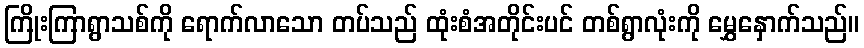
ကြိုးကြာရွာသစ်ကို ရောက်လာသော တပ်သည် ထုံးစံအတိုင်းပင် တစ်ရွာလုံးကို မွှေနှောက်သည်။